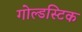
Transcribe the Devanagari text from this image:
गोल्डस्टिक